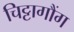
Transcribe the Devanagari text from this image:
चिट्टागौंग